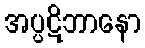
အပ္ပဋိဘာနော